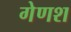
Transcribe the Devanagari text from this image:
गेणश